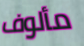
مألوف